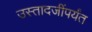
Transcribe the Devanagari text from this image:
उस्तादजींपर्यंत